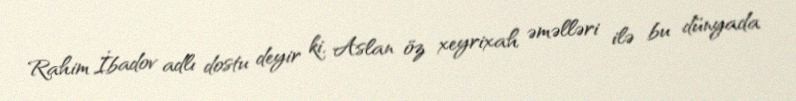
Rahim İbadov adlı dostu deyir ki, Aslan öz xeyrixah əməlləri ilə bu dünyada